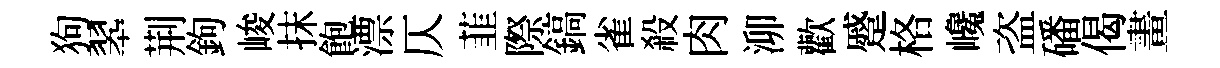
狗翆荆鉤峻抹飽漂仄韮際鎬雀殺肉泖歡蹙格巉盗磻偈畫